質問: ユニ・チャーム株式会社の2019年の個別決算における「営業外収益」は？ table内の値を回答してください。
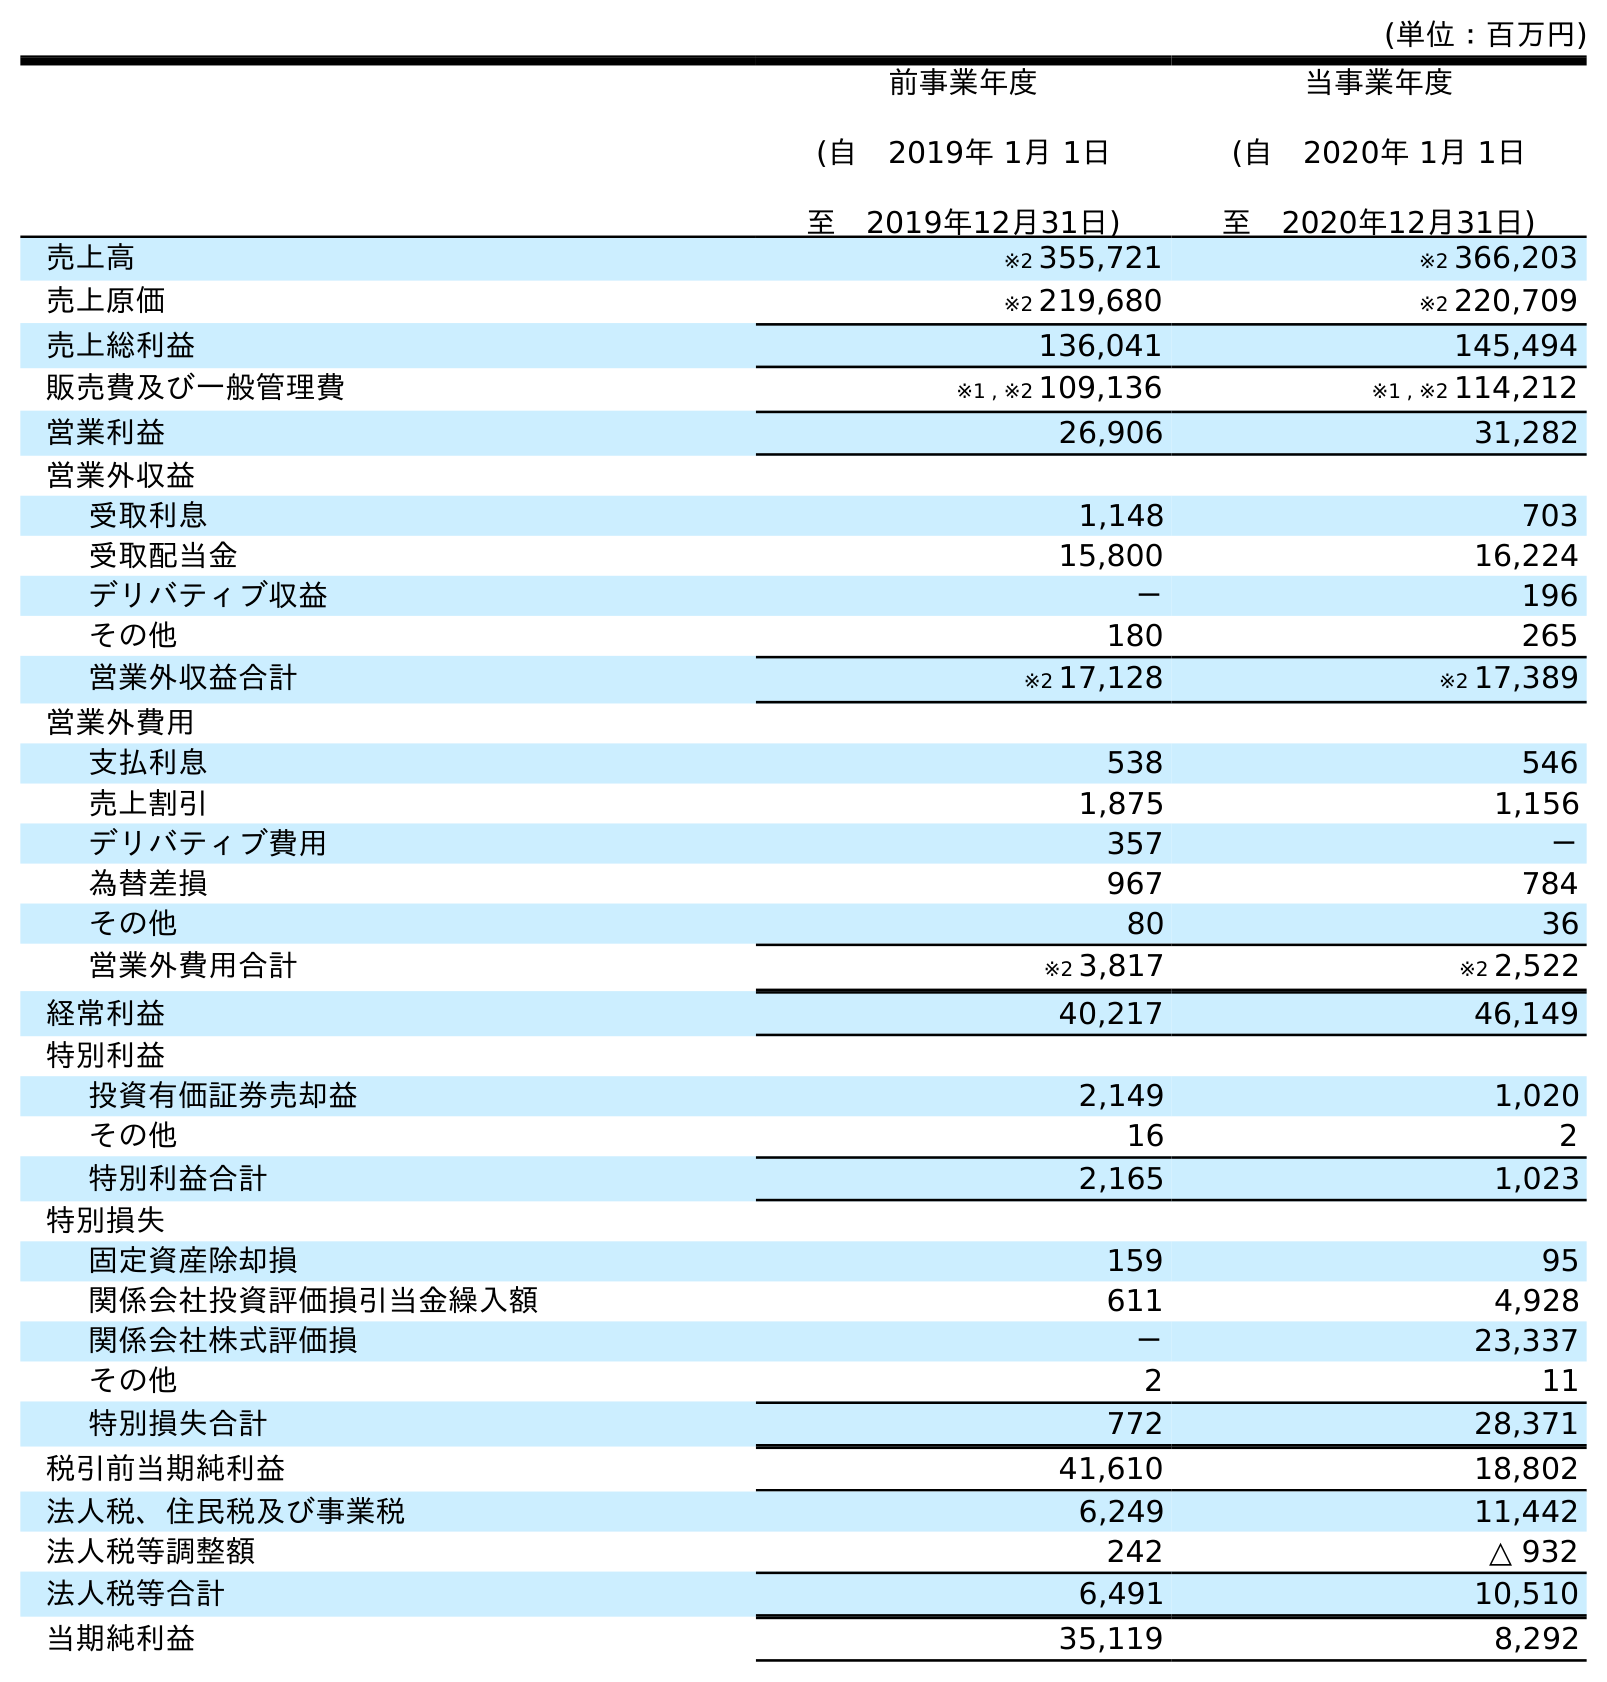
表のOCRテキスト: (単位：百万円) 前事業年度 (自 2019年 1月 1日 至 2019年12月31日) 当事業年度 (自 2020年 1月 1日 至 2020年12月31日) 売上高 ※2 355,721 ※2 366,203 売上原価 ※2 219,680 ※2 220,709 売上総利益 136,041 145,494 販売費及び一般管理費 ※1 , ※2 109,136 ※1 , ※2 114,212 営業利益 26,906 31,282 営業外収益 受取利息 1,148 703 受取配当金 15,800 16,224 デリバティブ収益 － 196 その他 180 265 営業外収益合計 ※2 17,128 ※2 17,389 営業外費用 支払利息 538 546 売上割引 1,875 1,156 デリバティブ費用 357 － 為替差損 967 784 その他 80 36 営業外費用合計 ※2 3,817 ※2 2,522 経常利益 40,217 46,149 特別利益 投資有価証券売却益 2,149 1,020 その他 16 2 特別利益合計 2,165 1,023 特別損失 固定資産除却損 159 95 関係会社投資評価損引当金繰入額 611 4,928 関係会社株式評価損 － 23,337 その他 2 11 特別損失合計 772 28,371 税引前当期純利益 41,610 18,802 法人税、住民税及び事業税 6,249 11,442 法人税等調整額 242 △ 932 法人税等合計 6,491 10,510 当期純利益 35,119 8,292
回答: ※217,128